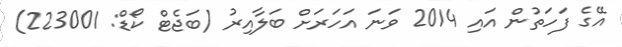
އޭގެ ފަހަތުން އައި 2014 ވަނަ އަހަރަށް ބަލާއިރު (ބަޖެޓް ކޯޑް: 223001)